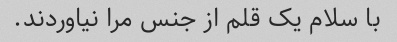
با سلام یک قلم از جنس مرا نیاوردند.